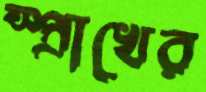
স্প্রাখের